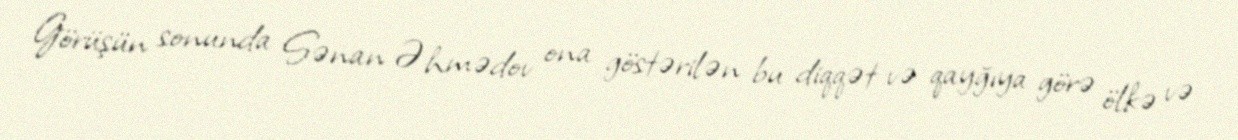
Görüşün sonunda Sənan Əhmədov ona göstərilən bu diqqət və qayğıya görə ölkə və